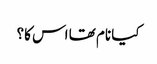
کیا نام تھا اس کا؟